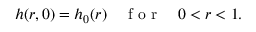
h ( r , 0 ) = h _ { 0 } ( r ) \quad \mathrm { ~ f ~ o ~ r ~ } \quad 0 < r < 1 .